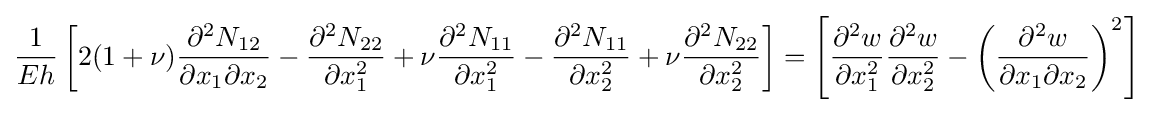
{\begin{aligned}{\frac {1}{Eh}}\left[2(1+\nu ){\frac {\partial ^{2}N_{12}}{\partial x_{1}\partial x_{2}}}-{\frac {\partial ^{2}N_{22}}{\partial x_{1}^{2}}}+\nu {\frac {\partial ^{2}N_{11}}{\partial x_{1}^{2}}}-{\frac {\partial ^{2}N_{11}}{\partial x_{2}^{2}}}+\nu {\frac {\partial ^{2}N_{22}}{\partial x_{2}^{2}}}\right]=\left[{\frac {\partial ^{2}w}{\partial x_{1}^{2}}}{\frac {\partial ^{2}w}{\partial x_{2}^{2}}}-\left({\frac {\partial ^{2}w}{\partial x_{1}\partial x_{2}}}\right)^{2}\right]\end{aligned}}